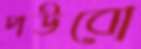
পউবো